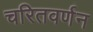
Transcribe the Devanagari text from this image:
चरितवर्णन